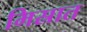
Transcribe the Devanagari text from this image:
मिस्रात